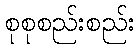
စုစုစည်းစည်း